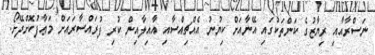
ނަސްރާއާއި ރިޔާޒުގެ ކަންތަކުގައި އޭނާއަށް ކިޔުނު އެއްޗިއްސާއި އާއިލާއިން ކުރި ފުރައްސާރައަށް މަޢާފުކޮށްދޭށޯ.